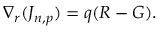
\nabla _ { r } ( J _ { n , p } ) = q ( R - G ) .